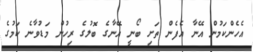
އެހެންކަމުން އޭނާ އެފެން ތަށި ބޯނީ އޭނާގެ ބޮލުގެ ރިހުން މަޑުވާނެ ކަމުގެ